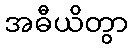
အဓီယိတွာ